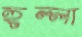
হুল্লা